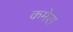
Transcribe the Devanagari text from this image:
कमेरा